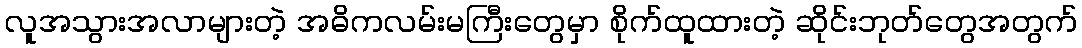
လူအသွားအလာများတဲ့ အဓိကလမ်းမကြီးတွေမှာ စိုက်ထူထားတဲ့ ဆိုင်းဘုတ်တွေအတွက်